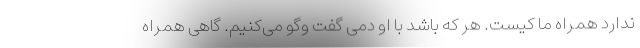
ندارد همراه ما کیست. هر که باشد با او دمی گفت و‌گو می‌کنیم. گاهی همراه